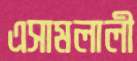
এসামলালী